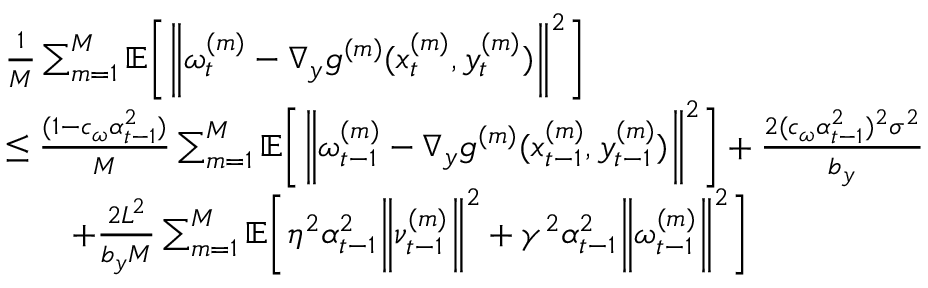
\begin{array} { r l } & { \frac { 1 } { M } \sum _ { m = 1 } ^ { M } \mathbb { E } \bigg [ \bigg \| \omega _ { t } ^ { ( m ) } - \nabla _ { y } g ^ { ( m ) } ( x _ { t } ^ { ( m ) } , y _ { t } ^ { ( m ) } ) \bigg \| ^ { 2 } \bigg ] } \\ & { \leq \frac { ( 1 - c _ { \omega } \alpha _ { t - 1 } ^ { 2 } ) } { M } \sum _ { m = 1 } ^ { M } \mathbb { E } \bigg [ \bigg \| \omega _ { t - 1 } ^ { ( m ) } - \nabla _ { y } g ^ { ( m ) } ( x _ { t - 1 } ^ { ( m ) } , y _ { t - 1 } ^ { ( m ) } ) \bigg \| ^ { 2 } \bigg ] + \frac { 2 ( c _ { \omega } \alpha _ { t - 1 } ^ { 2 } ) ^ { 2 } \sigma ^ { 2 } } { b _ { y } } } \\ & { \qquad + \frac { 2 L ^ { 2 } } { b _ { y } M } \sum _ { m = 1 } ^ { M } \mathbb { E } \bigg [ \eta ^ { 2 } \alpha _ { t - 1 } ^ { 2 } \bigg \| \nu _ { t - 1 } ^ { ( m ) } \bigg \| ^ { 2 } + \gamma ^ { 2 } \alpha _ { t - 1 } ^ { 2 } \bigg \| \omega _ { t - 1 } ^ { ( m ) } \bigg \| ^ { 2 } \bigg ] } \end{array}